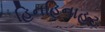
હિનહિનાહટ